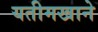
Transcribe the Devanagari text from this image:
यतीमखाने